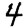
Digit: 4